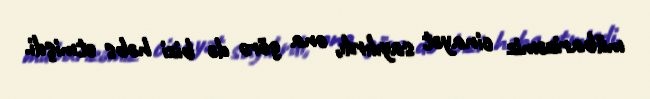
mübarizəmiz cinayət sayılırdı, ona görə də bizi həbs etmişdi.